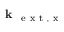
\textbf { k } _ { \mathrm { ~ e ~ x ~ t ~ , ~ x ~ } }